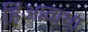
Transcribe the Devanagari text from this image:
हिंआवाथा